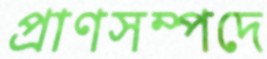
প্রাণসম্পদে